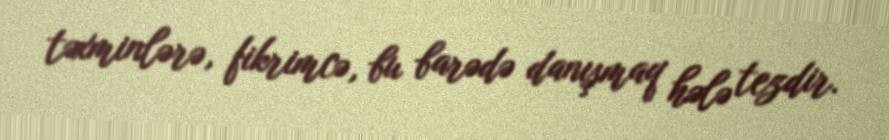
təxminlərə, fikrimcə, bu barədə danışmaq hələ tezdir.